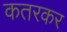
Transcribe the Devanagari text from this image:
कतरकर